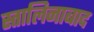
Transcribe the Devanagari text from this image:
स्तालिनाबाद